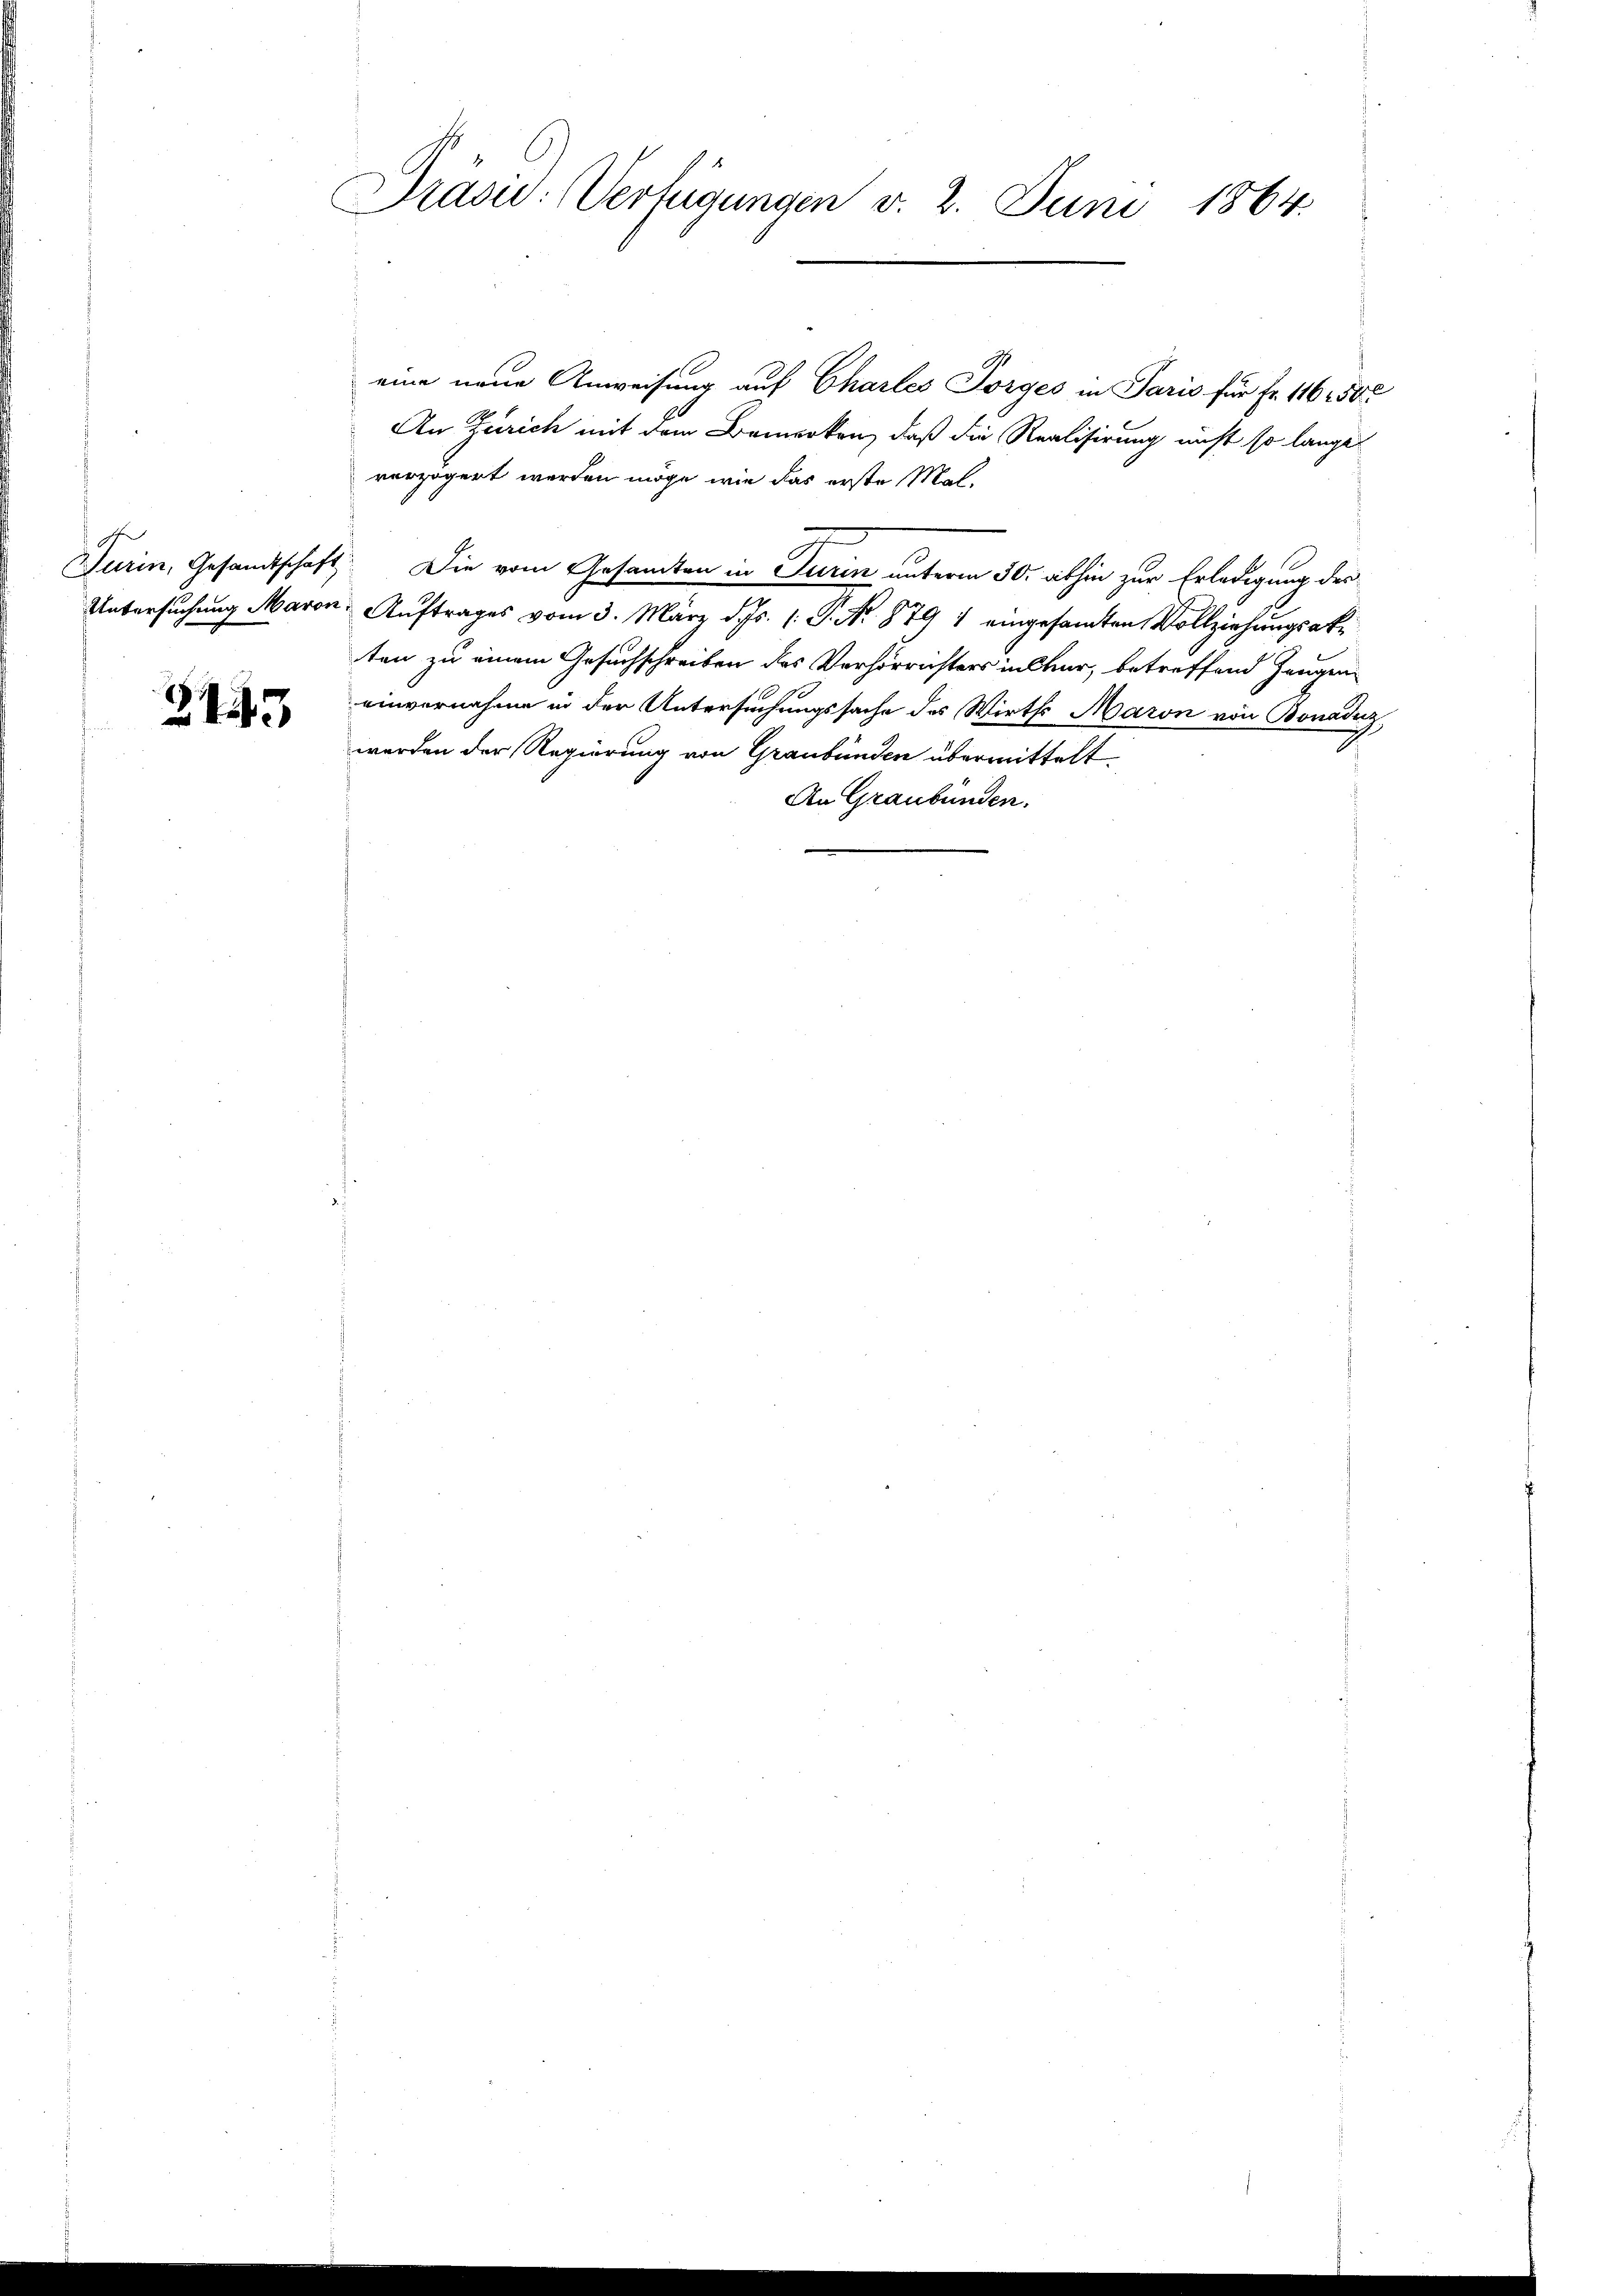
243

Prasie: Verfügungen v. 2. Juni 1864.

eine neue Anweisung auf Chartes Sorges in Paris für Fr. 116 2500
An Zürich mit dem Bemerken, daß die Realisirung nicht so lange
verzögert werden möge, wie das erste Mal,
Turin, Gesandtschaft. Die vom Gesamten in Turin unterm 30. abhin zur Erledigung der
Untersuchung Maron Auftrages vom 3. März d. Js. 1. P. No 879 1 eingesamten Vollziehungsak
ten zu einem Gesuchschreiben des Verhörrichters in Chur, betreffend Zeugen
einvernahme in der Untersuchungssache des Wirths Maron von Bonaduz
werden der Regierung von Graubünden übermittelt.
An Graubünden.